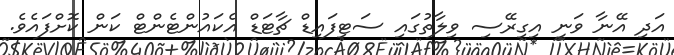
އަދި އޭނާ ވަނީ އިގިރޭސި ވިލާތުގައި ސަޓިފައިޑް ޗާޓަޑް އެކައުންޓެންޓް ކަން ކޮށްފައެވެ.